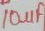
Text: 10µf